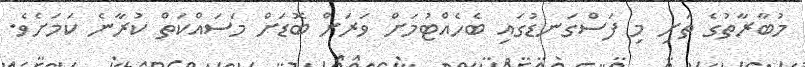
މުބާރާތުގެ ތަށި މި ފަސްގަނޑުގައި ބެހެއްޓުމަށް ވަރަށް ބޮޑަށް މަސައްކަތް ކުރާނެ ކަމަށެވެ.